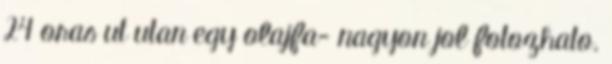
24 oras ut utan egy olajfa- nagyon jol fotozhato.